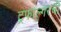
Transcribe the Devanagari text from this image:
ट्रफाल्गरची